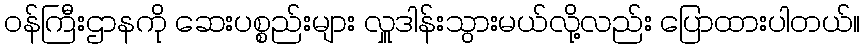
ဝန်ကြီးဌာနကို ဆေးပစ္စည်းများ လှူဒါန်းသွားမယ်လို့လည်း ပြောထားပါတယ်။